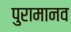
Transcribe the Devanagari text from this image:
पुरामानव